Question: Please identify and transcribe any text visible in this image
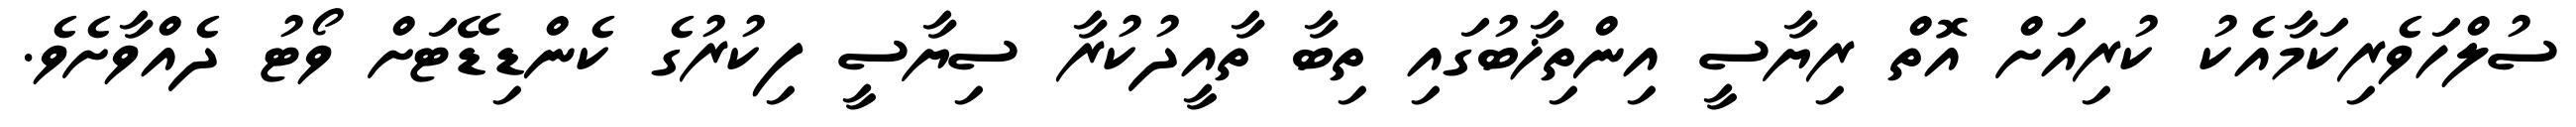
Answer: ސުލްހަވެރިކަމާއެކު ކުރިއަށް އޮތް ރިޔާސީ އިންތިޚާބުގައި ތިބާ ތާއީދުކުރާ ސިޔާސީ ފިކުރުގެ ކެންޑިޑޭޓަށް ވޯޓު ދެއްވާށެވެ.